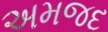
અમજદ